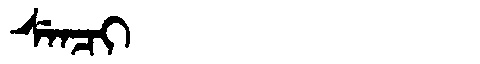
Manchu: ᠰᡝᠨᠴᡳ
Romanization: SENCI